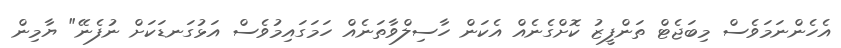
އެހެންނަމަވެސް މިބަޖެޓް ތަންފީޒު ކޮށްގެނެއް އެކަން ހާސިލްވާތަނެއް ހަމަގައިމުވެސް އަޅުގަނޑަކަށް ނުފެނޭ" ޔާމިން